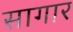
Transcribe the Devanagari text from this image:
सागार